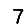
Digit: 7